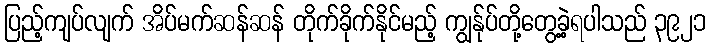
ပြည့်ကျပ်လျက် အိပ်မက်ဆန်ဆန် တိုက်ခိုက်နိုင်မည့် ကျွန်ုပ်တို့တွေ့ခဲ့ရပါသည် ၃၉၂၁